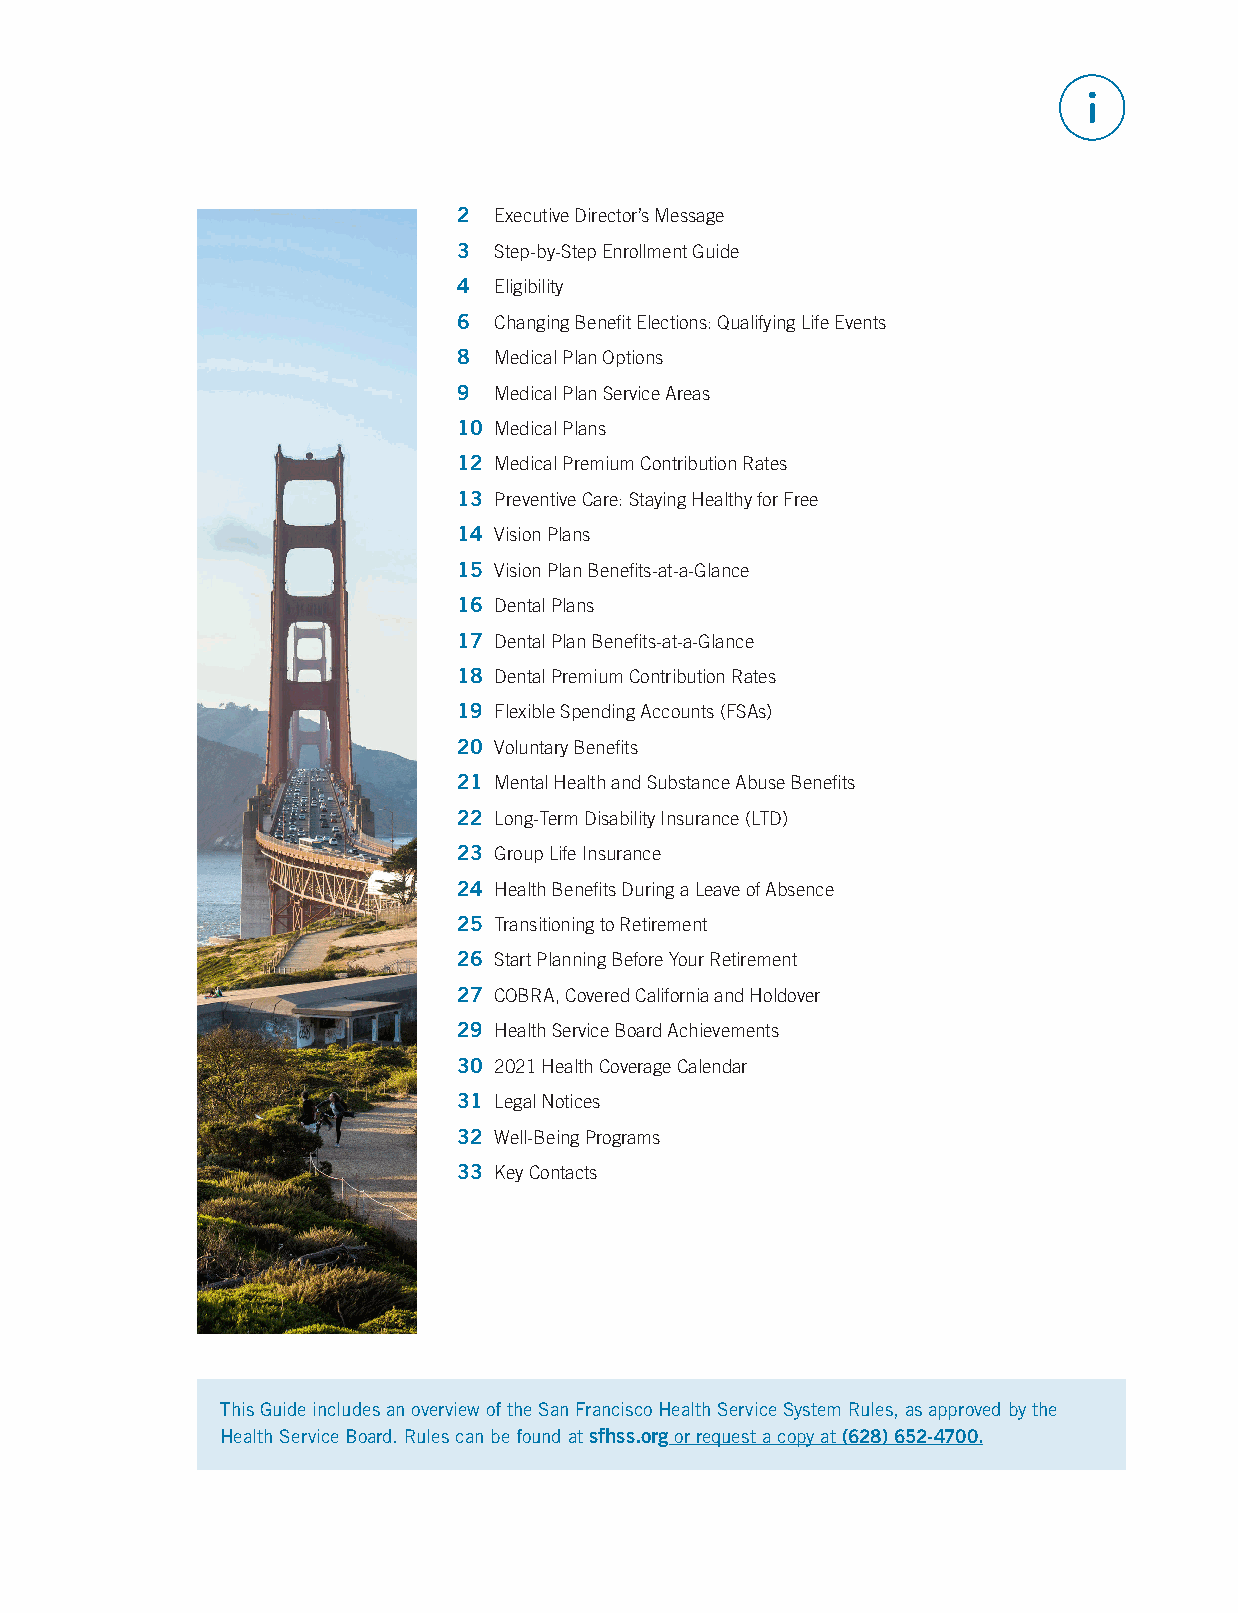
Superior Court of San Francisco Employees
 2  Executive Director’s Message
 3  Step-by-Step Enrollment Guide
 4  Eligibility
 6  Changing Benefit Elections: Qualifying Life Events
 8  Medical Plan Options
 9  Medical Plan Service Areas
 10 Medical Plans
 12 Medical Premium Contribution Rates
 13 Preventive Care: Staying Healthy for Free
 14 Vision Plans
 15 Vision Plan Benefits-at-a-Glance
 16 Dental Plans
 17 Dental Plan Benefits-at-a-Glance
 18 Dental Premium Contribution Rates
 19 Flexible Spending Accounts (FSAs)
 20 Voluntary Benefits
 21 Mental Health and Substance Abuse Benefits
 22 Long-Term Disability Insurance (LTD)
 23 Group Life Insurance
 24 Health Benefits During a Leave of Absence
 25 Transitioning to Retirement
 26 Start Planning Before Your Retirement
 27 COBRA, Covered California and Holdover
 29 Health Service Board Achievements
 30 2021 Health Coverage Calendar
 31 Legal Notices
 32 Well-Being Programs
 33 Key Contacts
 This Guide includes an overview of the San Francisco Health Service System Rules, as approved by the
 Health Service Board. Rules can be found at sfhss.org or request a copy at (628) 652-4700.
 1                                                         Plan Year 2021